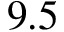
9 . 5